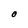
Character: O